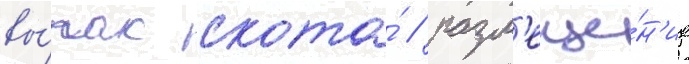
вы́пас скота́ / разм'еще́н'ие